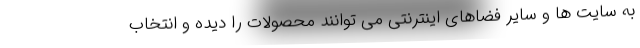
به سایت ها و سایر فضاهای اینترنتی می توانند محصولات را دیده و انتخاب